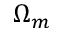
\Omega _ { m }